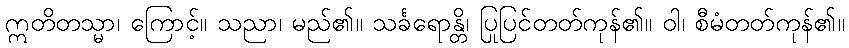
ဣတိတသ္မာ၊ ကြောင့်။ သညာ၊ မည်၏။ သင်္ခရောန္တိ၊ ပြုပြင်တတ်ကုန်၏။ ဝါ၊ စီမံတတ်ကုန်၏။